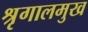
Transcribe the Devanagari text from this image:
श्रृगालमुख